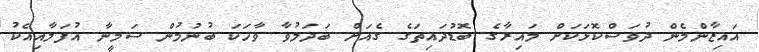
އައިޒާންމެން ދުވަސްކޮޅަކަށް މައިރާގެ ބޮޑުދައިތަގެ ގެއަށް ބަދަލުވާ ވާހަކަ ބުނުމުން ސަމީނާ އުފަލާއިއެކު